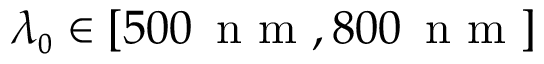
\lambda _ { \scriptscriptstyle 0 } \in \left[ 5 0 0 \, \mathrm { ~ n ~ m ~ } , 8 0 0 \, \mathrm { ~ n ~ m ~ } \right]